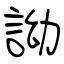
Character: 詏